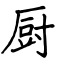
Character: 厨